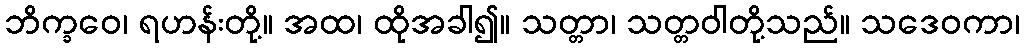
ဘိက္ခဝေ၊ ရဟန်းတို့။ အထ၊ ထိုအခါ၍။ သတ္တာ၊ သတ္တဝါတို့သည်။ သဒေဝကာ၊